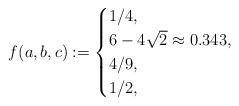
\begin{align*}f(a,b,c) :=\begin{cases}1/4, & \\6-4\sqrt{2}\approx 0.343, & \\4/9 , & \\1/2, & \end{cases}\end{align*}